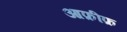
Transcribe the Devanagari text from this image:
आफ़ीफ़